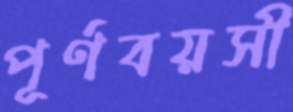
পূর্ণবয়সী